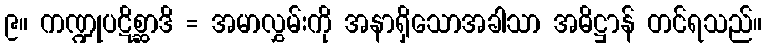
၉။ ကဏ္ဍုပဋိစ္ဆာဒိ = အမာလွှမ်းကို အနာရှိသောအခါသာ အဓိဋ္ဌာန် တင်ရသည်။